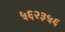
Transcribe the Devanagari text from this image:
५६२३५६